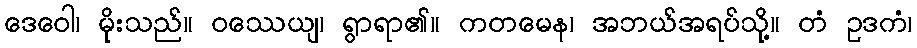
ဒေဝေါ၊ မိုးသည်။ ဝဿေယျ၊ ရွာရာ၏။ ကတမေန၊ အဘယ်အရပ်သို့။ တံ ဥဒကံ၊